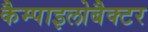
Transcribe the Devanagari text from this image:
कैम्पाइलोबैक्टर